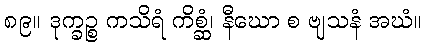
၈၉။ ဒုက္ခဉ္စ ကသိရံ ကိစ္ဆံ၊ နီဃော စ ဗျသနံ အဃံ။